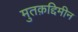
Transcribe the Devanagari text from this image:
मुतक़द्दिमीन